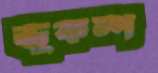
ভূকম্প